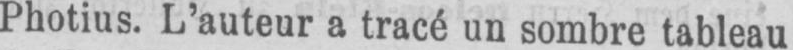
Photius. L’auteur a tracé un sombre tableau